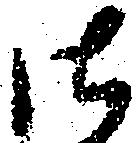
御